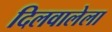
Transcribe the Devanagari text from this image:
दिलवालेला